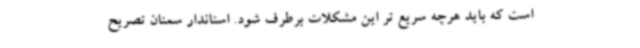
است که باید هرچه سریع تر این مشکلات برطرف شود. استاندار سمنان تصریح